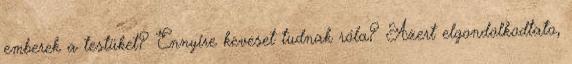
emberek a testüket? Ennyire keveset tudnak róla? Azert elgondolkodtato,